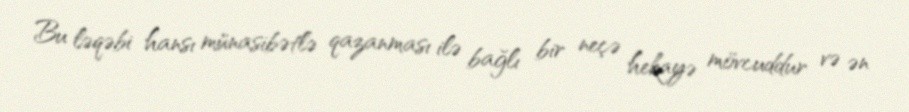
Bu ləqəbi hansı münasibətlə qazanması ilə bağlı bir neçə hekayə mövcuddur və ən